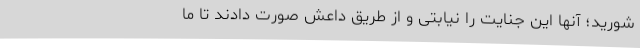
‌شورید؛ آنها این جنایت را نیابتی و از طریق داعش صورت دادند تا ما